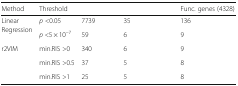
<table><thead><tr><td><b>Method</b></td><td><b>Threshold</b></td><td>[EMPTY_CELL]</td><td>[EMPTY_CELL]</td><td><b>Func. genes (4328)</b></td></tr></thead><tbody><tr><td rowspan="2">Linear Regression</td><td><i>p</i> &lt;0.05</td><td>7739</td><td>35</td><td>136</td></tr><tr><td><i>p</i> &lt;5 × 10<sup>−7</sup></td><td>59</td><td>6</td><td>9</td></tr><tr><td rowspan="3">r2VIM</td><td>min.RIS &gt;0</td><td>340</td><td>6</td><td>9</td></tr><tr><td>min.RIS &gt;0.5</td><td>37</td><td>5</td><td>8</td></tr><tr><td>min.RIS &gt;1</td><td>25</td><td>5</td><td>8</td></tr></tbody></table>